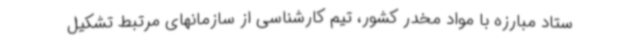
ستاد مبارزه با مواد مخدر کشور، تیم کارشناسی از سازمانهای مرتبط تشکیل